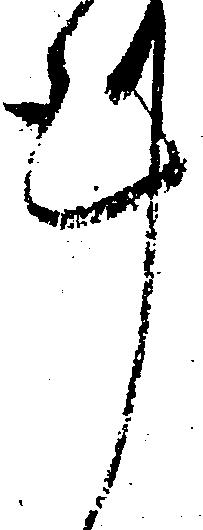
謹